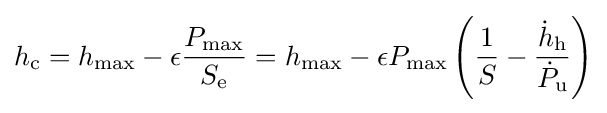
h_{\text{c}}=h_{\text{max}}-\epsilon {\frac {P_{\text{max}}}{S_{\text{e}}}}=h_{\text{max}}-\epsilon P_{\text{max}}\left({\frac {1}{S}}-{\frac {{\dot {h}}_{\text{h}}}{{\dot {P}}_{\text{u}}}}\right)